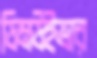
ডিমউইভার